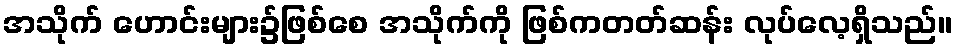
အသိုက် ဟောင်းများ၌ဖြစ်စေ အသိုက်ကို ဖြစ်ကတတ်ဆန်း လုပ်လေ့ရှိသည်။